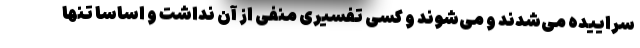
سراییده می‌شدند و می‌شوند و کسی تفسیری منفی از آن نداشت و اساسا تنها